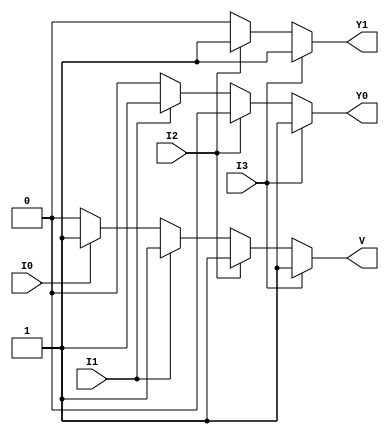
module priority_encoder_4to2 (
    input wire I0,  // Input 0 (Lowest priority)
    input wire I1,  // Input 1
    input wire I2,  // Input 2
    input wire I3,  // Input 3 (Highest priority)
    output reg Y1,  // Output bit 1
    output reg Y0,  // Output bit 0
    output reg V    // Valid output
);

    always @(*) begin
        // Default values
        Y1 = 1'b0;
        Y0 = 1'b0;
        V  = 1'b0;
        
        // Determine outputs based on priority
        if (I3) begin
            Y1 = 1'b1;
            Y0 = 1'b1;
            V  = 1'b1;
        end else if (I2) begin
            Y1 = 1'b1;
            Y0 = 1'b0;
            V  = 1'b1;
        end else if (I1) begin
            Y1 = 1'b0;
            Y0 = 1'b1;
            V  = 1'b1;
        end else if (I0) begin
            Y1 = 1'b0;
            Y0 = 1'b0;
            V  = 1'b1;
        end else begin
            // If all inputs are low, V remains 0 (default)
            V = 1'b0;
        end
    end

endmodule